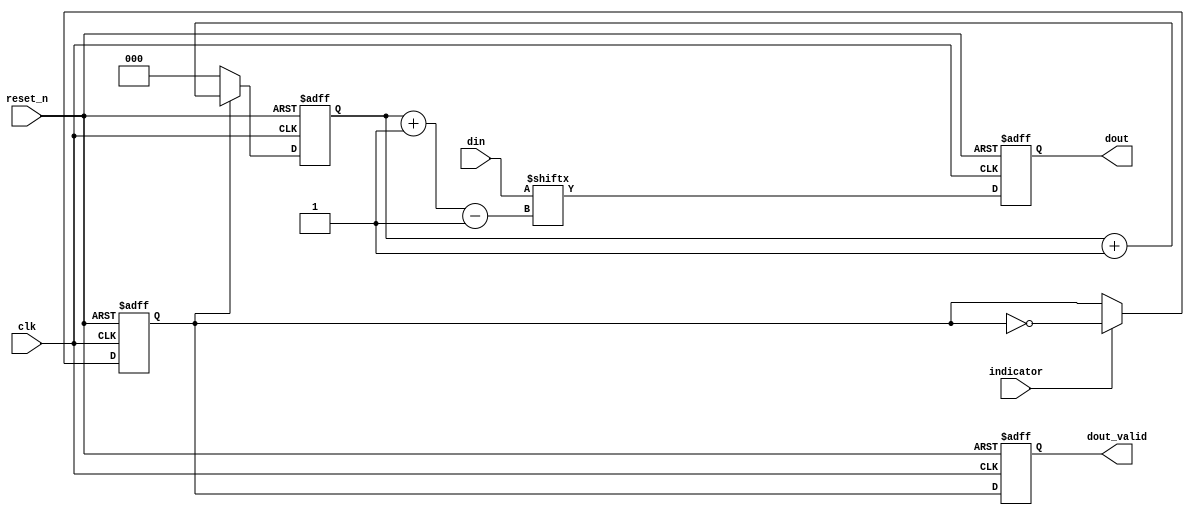
`timescale 1us/100ns

module serializing(
    output reg dout,
    output reg dout_valid,
    input [7:0] din,
    input indicator,
    input clk,
    input reset_n
);

localparam WAITING = 0,
           SENDING = 1;

reg state;
wire next_state;

reg [2:0] count;
wire [2:0] next_count;

// Here we update only on posedge clk to avoid hazard.
wire dout_next = din[count-:1],
     dout_valid_next = (state == SENDING);

assign next_state = (indicator ? ~state : state),
       next_count = (state == WAITING ? 0 : count + 1);

// Update states.
always @(posedge clk or negedge reset_n) begin
    if (~reset_n) begin
        state <= WAITING;
        count <= 0;
        dout <= 0;
        dout_valid <= 0;
    end else begin
        state <= next_state;
        count <= next_count;
        dout <= dout_next;
        dout_valid <= dout_valid_next;
    end
end

endmodule